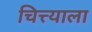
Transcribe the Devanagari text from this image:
चित्त्याला